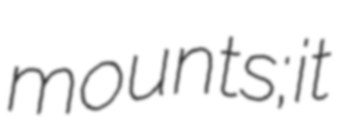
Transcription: mounts; it